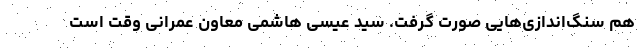
هم سنگ‌اندازی‌هایی صورت گرفت. سید عیسی هاشمی معاون عمرانی وقت است